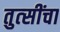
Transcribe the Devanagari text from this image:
तुत्‍सींचा